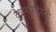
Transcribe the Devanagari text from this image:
कानफेडेरेसी